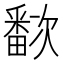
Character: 𬏗